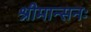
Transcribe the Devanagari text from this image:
श्रीमान्सनः